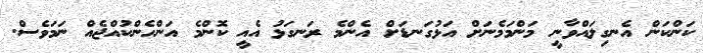
ކަންކަން އެނގިލައްވާނީ މަންމަމެނަށް އަޅުގަނޑަށް އެންމެ ރަނގަޅު އެއީ ކޮންމެ އަންހެންކުއްޖެއް ނަމަވެސް.